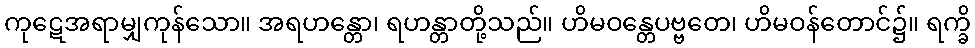
ကုဋေအရာမျှကုန်သော။ အရဟန္တော၊ ရဟန္တာတို့သည်။ ဟိမဝန္တေပဗ္ဗတေ၊ ဟိမဝန်တောင်၌။ ရက္ခိ